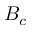
B _ { c }